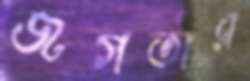
জগতার